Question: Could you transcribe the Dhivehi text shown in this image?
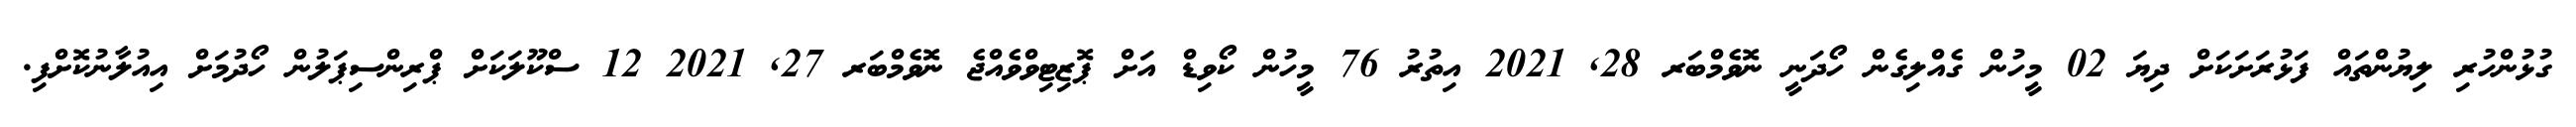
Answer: ގުޅުންހުރި ލިޔުންތައް ފަޅުރަށަކަށް ދިޔަ 02 މީހުން ގެއްލިގެން ހޯދަނީ ނޮވެމްބަރ 28, 2021 އިތުރު 76 މީހުން ކޯވިޑް އަށް ޕޮޒިޓިވްވެއްޖެ ނޮވެމްބަރ 27, 2021 12 ސްކޫލަކަށް ޕްރިންސިޕަލުން ހޯދުމަށް އިއުލާނުކޮށްފި.